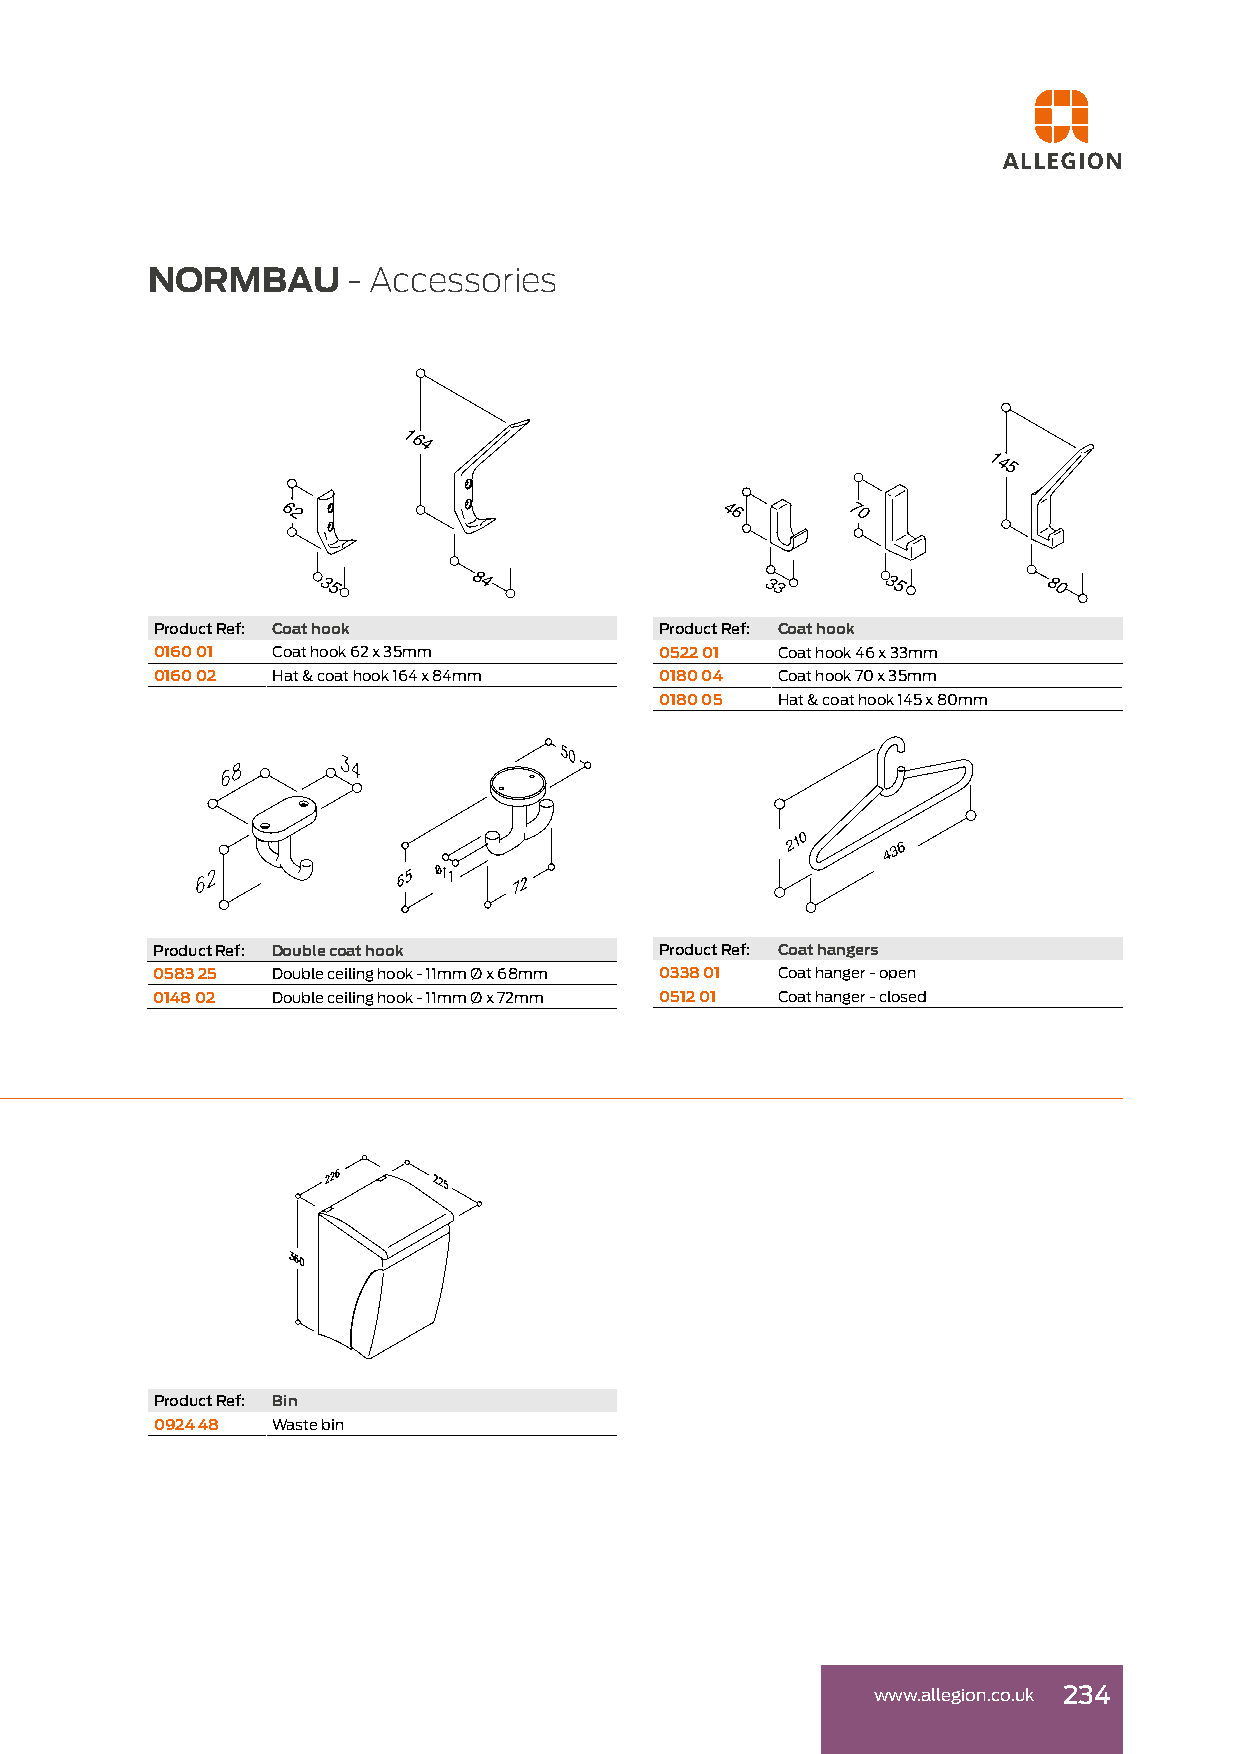
NORMBAU      - Accessories
 164
 145
 62                            46      70
 35        84                 33      35         80
 Product Ref: Coat hook            Product Ref: Coat hook
 0160 01 Coat hook 62 x 35mm       0522 01 Coat hook 46 x 33mm
 0160 02 Hat & coat hook 164 x 84mm 0180 04 Coat hook 70 x 35mm
 0180 05 Hat & coat hook 145 x 80mm
 2 1 0  4 3 6
 Product Ref: Double coat hook     Product Ref: Coat hangers
 0583 25 Double ceiling hook - 11mm Ø x 68mm 0338 01 Coat hanger - open
 0148 02 Double ceiling hook - 11mm Ø x 72mm 0512 01 Coat hanger - closed
 Product Ref: Bin
 0924 48 Waste bin
 www.allegion.co.uk 234